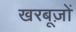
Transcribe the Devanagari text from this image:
खरबूज़ों